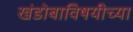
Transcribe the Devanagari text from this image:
खंडोबाविषयीच्या